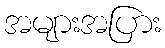
အများအပြား